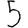
Digit: 5